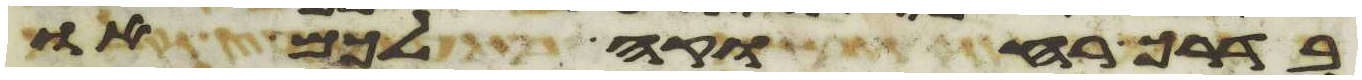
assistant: בדרך רחוקה לכם או